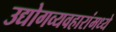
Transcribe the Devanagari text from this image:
उद्योगव्यवहारांमध्ये